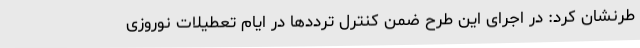
طرنشان کرد: در اجرای این طرح ضمن کنترل ترددها در ایام تعطیلات نوروزی